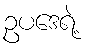
ဥပဒေရဲ့